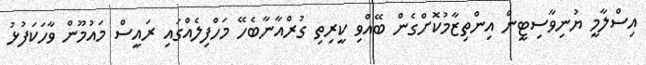
އިސްލާމީ ޔުނިވާސިޓީން އިންތިޒާމުކޮށްގެން ބޭއްވި ކީރިތި ގުރްއާނާބެހޭ މަހްފިލެއްގައި ރައީސް މައުމޫން ވާހަކަފުޅު